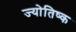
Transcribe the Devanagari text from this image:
ज्योतिष्क